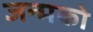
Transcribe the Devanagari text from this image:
जन्मको